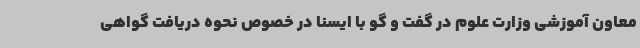
معاون آموزشی وزارت علوم در گفت و گو با ایسنا در خصوص نحوه دریافت گواهی